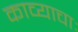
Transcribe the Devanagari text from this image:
काव्याचाः